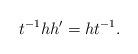
LaTeX: \begin{align*}t^{-1}hh' = ht^{-1}.\end{align*}